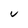
Character: v